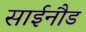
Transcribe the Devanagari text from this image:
साईनौड